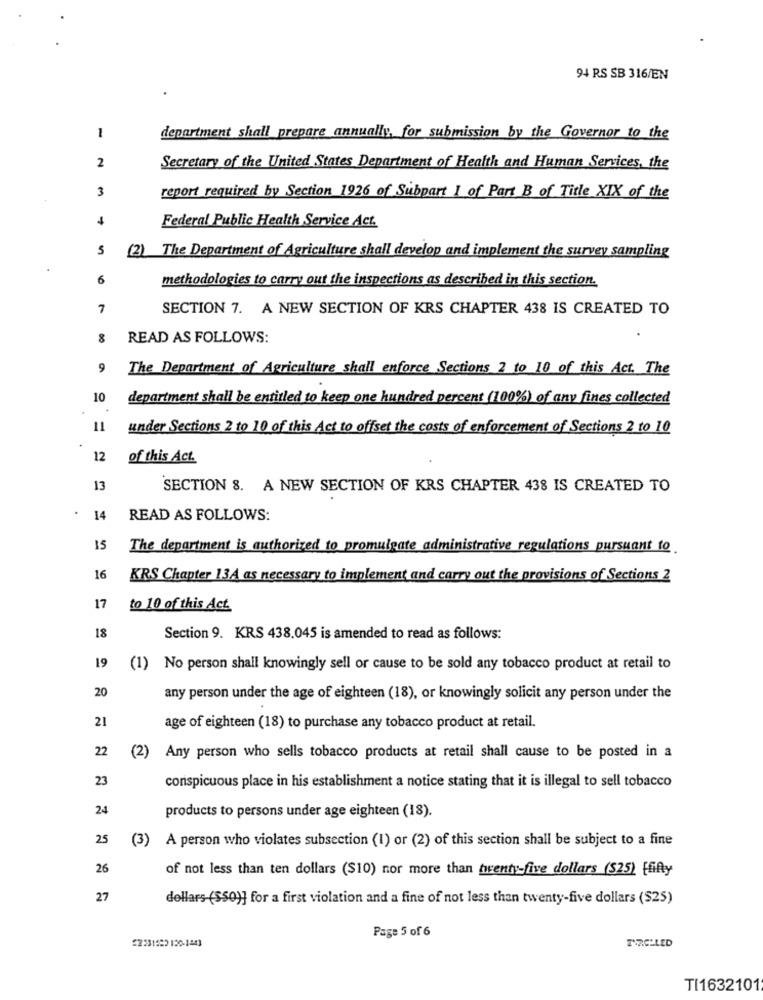
94 RS SB 316/EN
1
department shall prepare annually, for submission by the Governor to the
2
Secretary of the United States Department of Health and Human Services, the
3
report required by Section 1926 of Subpart 1 of Part B of Title XIX of the
Federal Public Health Service Act.
5
(2) The Department of Agriculture shall develop and implement the survey sampling
6
methodologies to carry out the inspections as described in this section.
7
SECTION 7. A NEW SECTION OF KRS CHAPTER 438 IS CREATED TO
8
READ AS FOLLOWS:
9
The Department of Agriculture shall enforce Sections 2 to 10 of this Act. The
10
department shall be entitled to keep one hundred percent (100%) of any fines collected
11
under Sections 2 to 10 of this Act to offset the costs of enforcement of Sections 2 to 10
12
of this Act.
13
SECTION 8. A NEW SECTION OF KRS CHAPTER 438 IS CREATED TO
14
READ AS FOLLOWS:
15
The department is authorized to promulgate administrative regulations pursuant to
16
KRS Chapter 13A as necessary to implement and carry out the provisions of Sections 2
17
to 10 of this Act
18
Section 9. KRS 438.045 is amended to read as follows:
19
(1) No person shall knowingly sell or cause to be sold any tobacco product at retail to
20
any person under the age of eighteen (18), or knowingly solicit any person under the
21
age of eighteen (18) to purchase any tobacco product at retail.
22
(2) Any person who sells tobacco products at retail shall cause to be posted in a
23
conspicuous place in his establishment a notice stating that it is illegal to sell tobacco
24
products to persons under age eighteen (18).
25
(3) A person who violates subsection (1) or (2) of this section shall be subject to a fine
26
of not less than ten dollars ($10) nor more than twenty-five dollars ($25) [fifty
27
dollars (SSO)] for a first violation and a fine of not less than twenty-five dollars ($25)
Page 5 of 6
52231582 120-1843
TYRCLLED
TI1632101